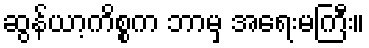
ဆွန်ယာ့ကိစ္စက ဘာမှ အရေးမကြီး။